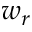
w _ { r }